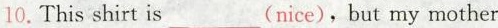
10.This shirt is___(nice),but my mother